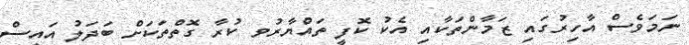
ނަމަވެސް އާހިރުގައި ޒަމާންތަކާއި އެކު ކޮފީ ތައްޔާރުވ ކުރާ ގޮތްތަކަށް ބަދަލު އައިސް